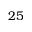
2 5